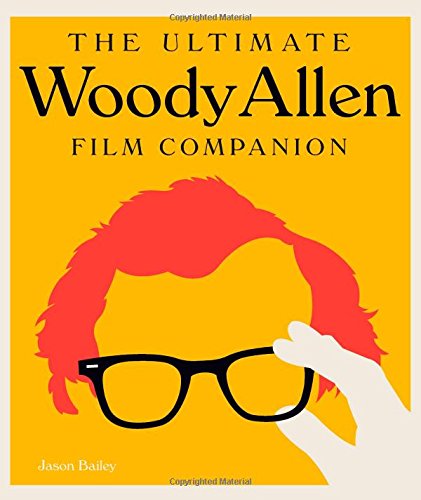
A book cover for The Ultimate Woody Allen Film Companion; Jason Bailey; Humor & Entertainment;